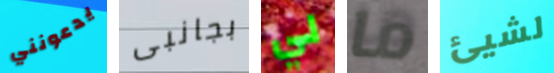
يدعونني بجانبى لي ما لشيئ